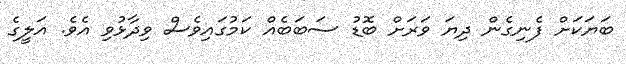
ބަޔަކަށް ފެނިގެން ދިޔަ ވަަރަށް ބޮޑު ސަބަބެއް ކަމުގައިވެސް ވިދާޅުވި އެވެ. އަލީގެ